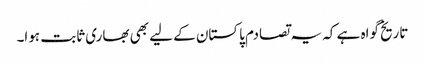
تاریخ گواہ ہے کہ یہ تصادم پاکستان کے لیے بھی بھاری ثابت ہوا۔